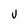
Character: U